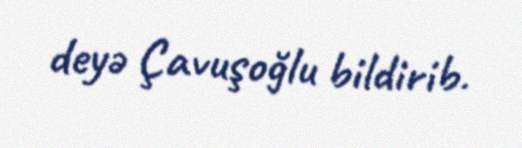
deyə Çavuşoğlu bildirib.